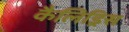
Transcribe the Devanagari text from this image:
कैलिड्रिस